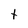
Character: t